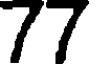
77